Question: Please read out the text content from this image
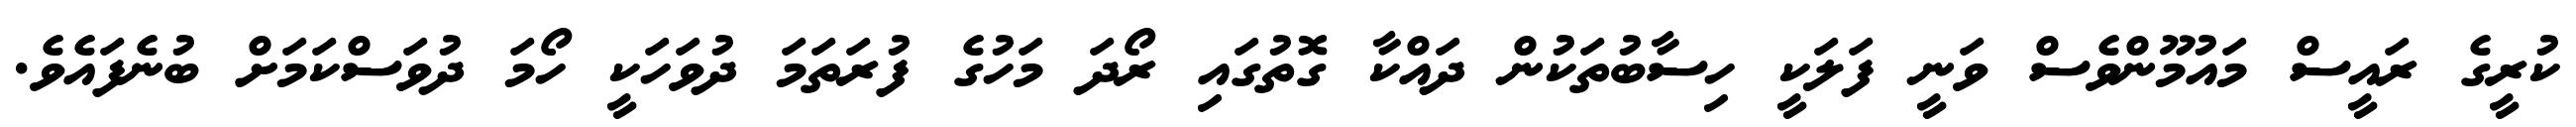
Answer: ކުރީގެ ރައީސް މައުމޫންވެސް ވަނީ ފަލަކީ ހިސާބުތަކުން ދައްކާ ގޮތުގައި ރޯދަ މަހުގެ ފުރަތަމަ ދުވަހަކީ ހޯމަ ދުވަސްކަމަށް ބުނެފައެވެ.